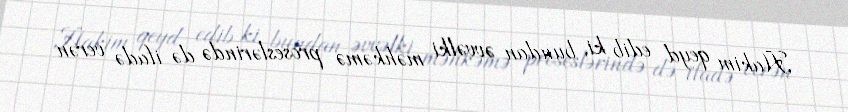
Hakim qeyd edib ki, bundan əvvəlki məhkəmə proseslərində də ifadə verən